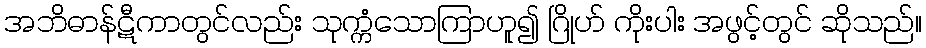
အဘိဓာန်ဋီကာတွင်လည်း သုက္ကံသောကြာဟူ၍ ဂြိုဟ် ကိုးပါး အဖွင့်တွင် ဆိုသည်။